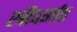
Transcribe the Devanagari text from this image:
स्त्रीवर्गात